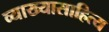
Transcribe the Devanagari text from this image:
व्याख्यासाहित्य